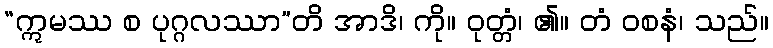
“ဣမဿ စ ပုဂ္ဂလဿာ”တိ အာဒိ၊ ကို။ ဝုတ္တံ၊ ၏။ တံ ဝစနံ၊ သည်။